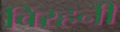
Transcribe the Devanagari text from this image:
विरहनी